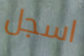
اسجل